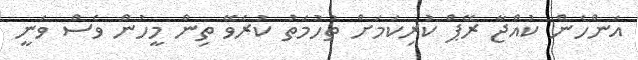
އަންހެން ކުއްޖާ ރޭޕް ކުރިކަމަށް ތުހުމަތު ކުރެވޭ ތިން މީހުން ވެސް ވަނީ